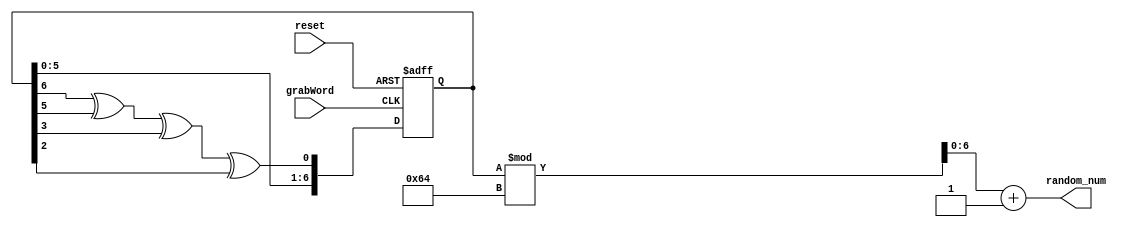
`timescale 1ns / 1ps
//////////////////////////////////////////////////////////////////////////////////
// Company: 
// Engineer: 
// 
// Design Name: 
// Module Name: RandomNumberGenerator
// Project Name: 
// Target Devices: 
// Tool Versions: 
// Description: 
// 
// Dependencies: 
// 
// Revision:
// Revision 0.01 - File Created
// Additional Comments:
// 
//////////////////////////////////////////////////////////////////////////////////


module RandomNumberGenerator(
    input grabWord,
    input reset,
    output reg [6:0] random_num // 7 bits to represent numbers up to 100
    );
    
    // LFSR internal state (using a 7-bit register for simplicity)
    reg [6:0] lfsr;

    // Taps for 7-bit LFSR for maximal length sequence
    wire feedback = lfsr[6] ^ lfsr[5] ^ lfsr[3] ^ lfsr[2];
    
    initial begin
        lfsr = 7'b0000001;
    end

    always @(posedge grabWord or posedge reset) begin
        if (reset) begin
            // Reset the LFSR to a non-zero value
            lfsr = 7'b0000001;
        end else begin
            // Shift the LFSR and insert the feedback bit
            lfsr = {lfsr[5:0], feedback};
        end
    end

    // Scale LFSR value to 1-100 range
    always @(lfsr) begin
        random_num = (lfsr % 100) + 1;
    end

endmodule